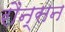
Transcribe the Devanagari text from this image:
रौन्सन